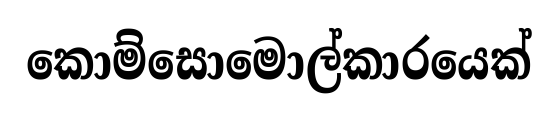
කොම්සොමොල්කාරයෙක්